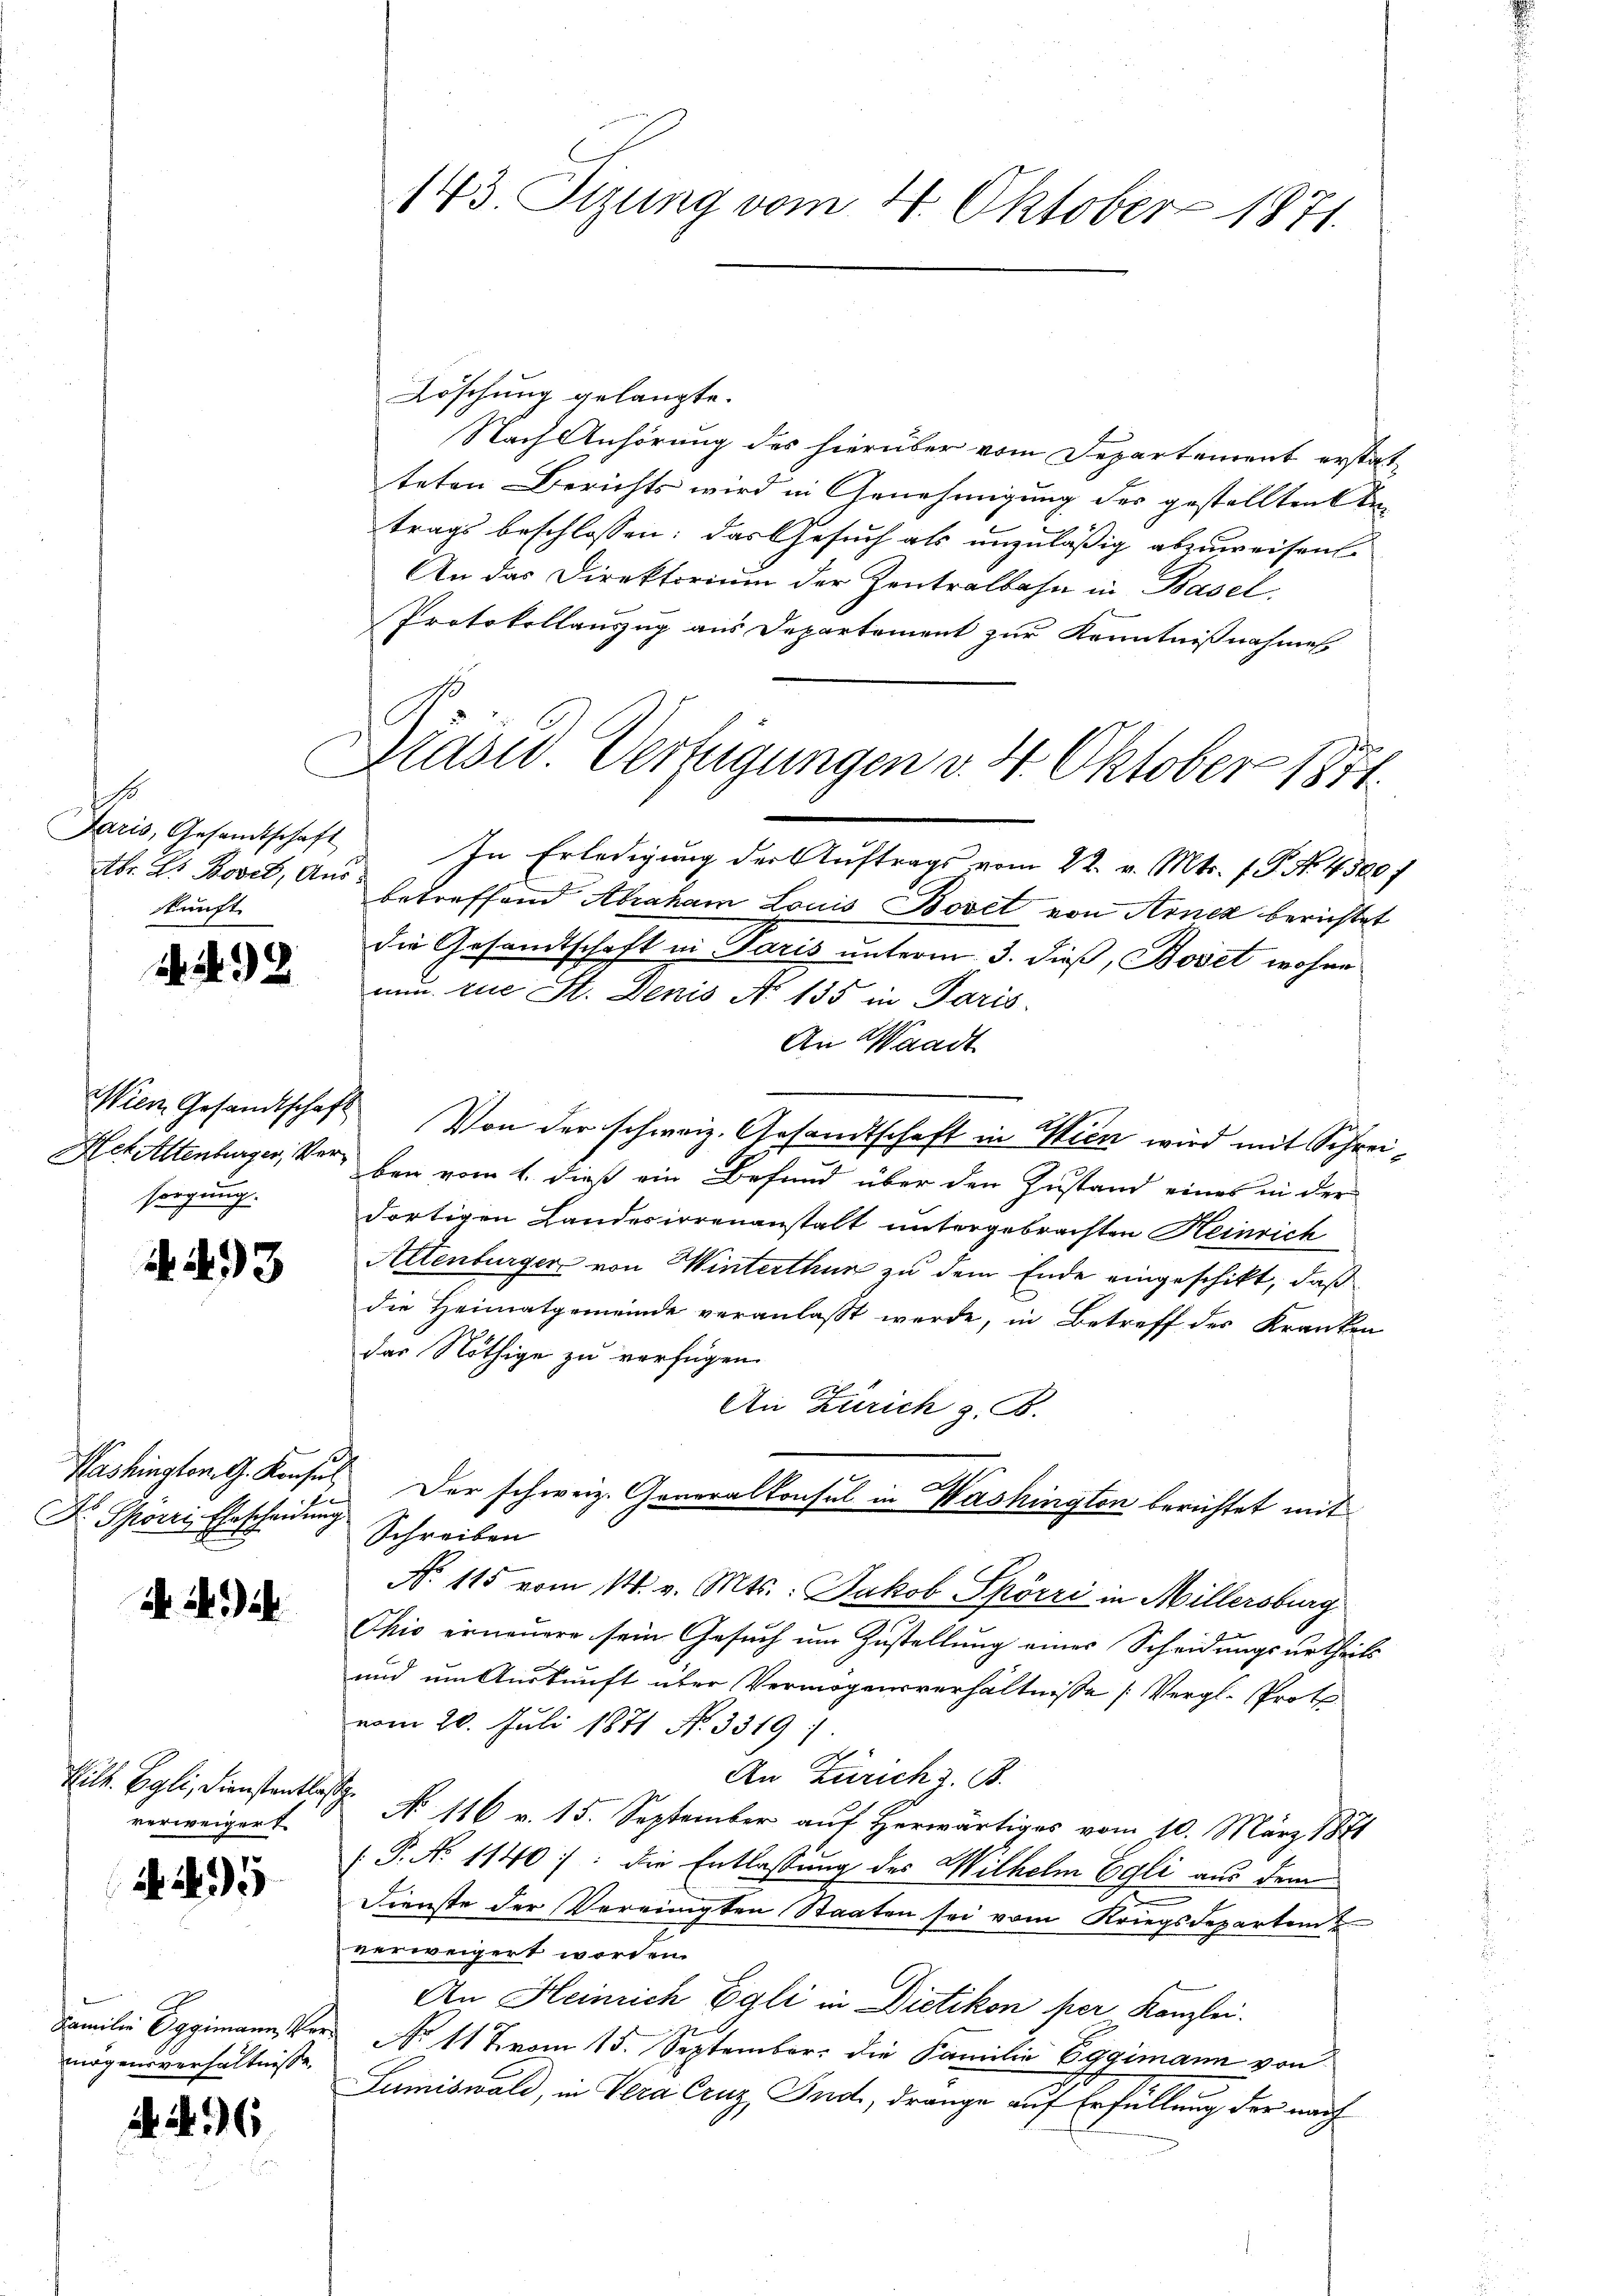
h
Faris, Gesandtschaft
Abr. G. Bovet, Am
kunft

2

2

Wien Gesandtschaft
sorgung.

A. 493

Washington G. Konsul
Dr. Spörri Ehescheidung

i

Wilk. Egli, Dienstentlass
verweigert

. 495

Familie Eggimann Vermögensverhältnisse.

. 6

143. Tizung vom 4. Oktober 1871.

Präsid. Verfügungen v. 4. Oktober 1874.

Löschung gelangte.
Nach Anhörung des hierüber vom Departement erstatteten Berichts wird in Genehmigung des gestelltenten
trags beschlossen: das Gesuch als unzuläßig abzuweisen
An das Direktorium der Zentralbahn in Basel
Protokollauszug aus Departement zur Kenntnißnahmen.
In Erledigung der Auftrags vom 22. v. Mts. 1 P. No. 4500.
u
betreffend Abraham Louis Bovet von Arnez berichtet
die Gesandtschaft in Paris unterm 3. dieß, Bovet wohne
nun zue St. Denis No 135 in Paris.
An Waadt
Von der schweiz. Gesandtschaft in Wien wird mit Schrei¬
Hehaltenburger, der bei vom 1. dieß ein Befund über den Zustand eines in der
dortigen Landesirrenanstalt untergebrachten Heinrich
Altenburger von Winterthur zu dem Ende eingeschikt, daß
die Heimatgemeinde veranlasst werde, in Betreff des Kranken
das Nöthige zu verfügen.
An Zürich z. B.
Der schweiz. Generalkonsul in Washington berichtet mit
Schreiben
N. 115 vom 14. v. Mts.: Jakob Spörri in Millersburg
Ohio erneuere sein Gesuch um Zustellung eines Scheidungsurtheils
und um Auskunft über Vermögensverhältnisse (Vergl. Protovom 20. Juli 1871 No. 3319.
An Zürich z. B.
.
N 116 v. 15. September auf herwärtiges vom 10. März 1871
.P. No 1140): die Entlassung des Wilhelm Egli aus dem
Dienste der Vereinigten Staaten sei vom Kriegsdepartem
verweigert worden.
An Heinrich Egli in Dietikon per Kanzlei.
No 11 % vom 15. September die Familie Eggimann von
Lumiswald, in Vera Cruz Jnd, drange auf Erfüllung der nach